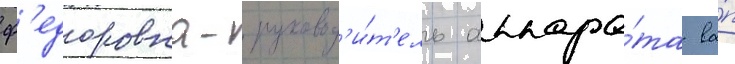
ф'едоровна- руковод'и́т'ель аппара́та ва́п